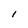
Character: l